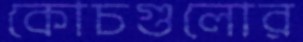
কোচগুলোর